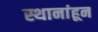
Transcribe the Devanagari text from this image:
स्थानांहून